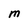
Character: M